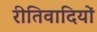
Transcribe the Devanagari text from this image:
रीतिवादियों